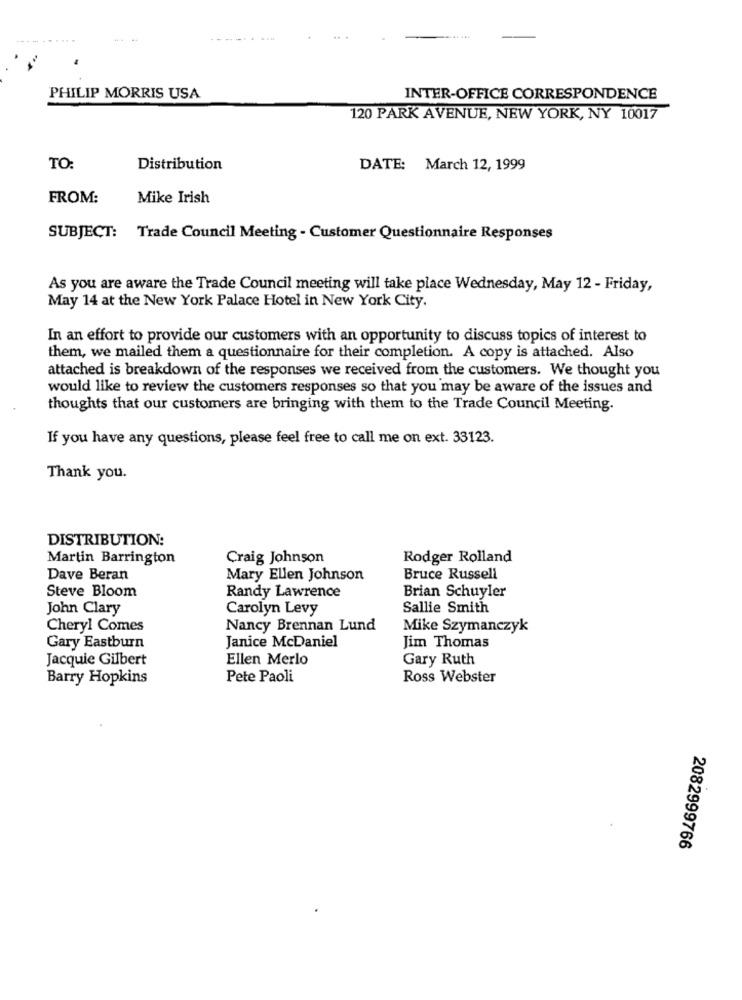
-----
PHILIP MORRIS USA
INTER-OFFICE CORRESPONDENCE
120 PARK AVENUE, NEW YORK, NY 10017
TO:
Distribution
DATE: March 12, 1999
FROM:
Mike Irish
SUBJECT: Trade Council Meeting - Customer Questionnaire Responses
As you are aware the Trade Council meeting will take place Wednesday, May 12 - Friday,
May 14 at the New York Palace Hotel in New York City.
In an effort to provide our customers with an opportunity to discuss topics of interest to
them, we mailed them a questionnaire for their completion. A copy is attached. Also
attached is breakdown of the responses we received from the customers. We thought you
would like to review the customers responses so that you may be aware of the issues and
thoughts that our customers are bringing with them to the Trade Council Meeting.
If you have any questions, please feel free to call me on ext. 33123.
Thank you.
DISTRIBUTION:
Martin Barrington
Craig Johnson
Rodger Rolland
Dave Beran
Mary Ellen Johnson
Bruce Russell
Brian Schuyler
Steve Bloom
Randy Lawrence
John Clary
Carolyn Levy
Sallie Smith
Cheryl Comes
Nancy Brennan Lund
Mike Szymanczyk
Gary Eastburn
Janice McDaniel
Jim Thomas
Jacquie Gilbert
Ellen Merlo
Gary Ruth
Barry Hopkins
Pete Paoli
Ross Webster
2082999766